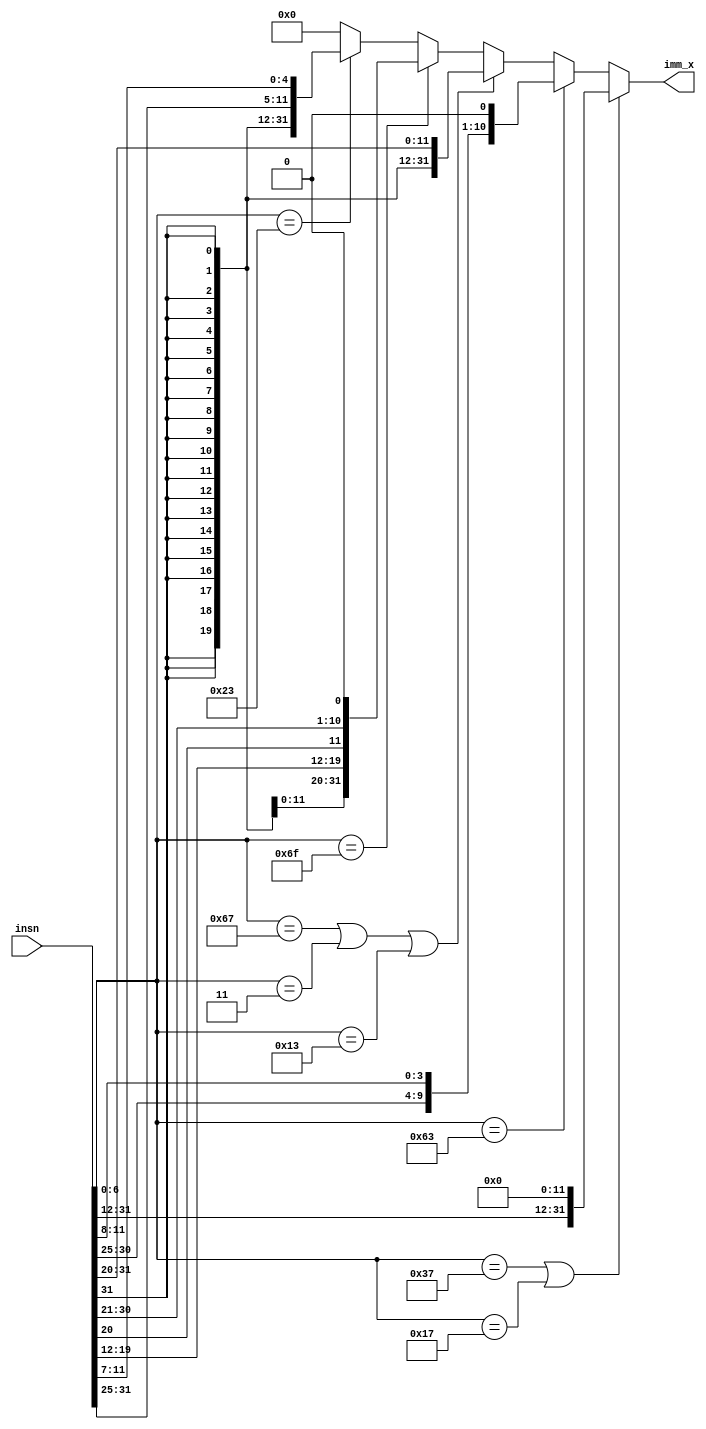
module imm_sx(insn, imm_x);
	input [31:0] insn;
	output [31:0] imm_x;

	wire [6:0] opcode = insn[6:0];

	parameter OPCODE_U_LUI 	= 7'b0110111,
     		OPCODE_U_AUIPC 	= 7'b0010111,
     		OPCODE_J_JAL 	= 7'b1101111,
     		OPCODE_I_JALR	= 7'b1100111,
     		OPCODE_B_BRANCH = 7'b1100011,
     		OPCODE_I_LOAD 	= 7'b0000011,
     		OPCODE_S_STORE 	= 7'b0100011,  
     		OPCODE_I_IMM 	= 7'b0010011;
     		//OPCODE_R_ALU 	= 5'b01100,
            //OPCODE_I_SYSTEM = 5'b11100;

    assign lui_o        = (opcode==OPCODE_U_LUI);
    assign auipc_o      = (opcode==OPCODE_U_AUIPC);
    assign jal_o        = (opcode==OPCODE_J_JAL);
    assign jalr_o       = (opcode==OPCODE_I_JALR);
    assign branch_o     = (opcode==OPCODE_B_BRANCH);
    assign load_o       = (opcode==OPCODE_I_LOAD);
    assign store_o      = (opcode==OPCODE_S_STORE);
    assign imm_o        = (opcode==OPCODE_I_IMM);
    //assign alu_o        = (opcode==OPCODE_R_ALU);
    //assign sysi_o       = (opcode==OPCODE_I_SYSTEM);	

    assign imm_x = (lui_o|auipc_o) 		? {insn[31:12], {12{1'b0}}} :   
                   branch_o	 			? {{19{insn[31]}}, insn[31], insn[7],insn[30:25],insn[11:8], 1'b0} :
                   (jalr_o|load_o|imm_o)? {{20{insn[31]}}, insn[31:20]} :
                   jal_o 				? {{11{insn[31]}}, insn[31], insn[19:12], insn[20], insn[30:21], 1'b0} :   
                   store_o 				? {{20{insn[31]}}, insn[31:25], insn[11:7]} :
                   32'b0;


endmodule